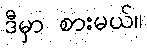
ဒီမှာ စားမယ်။